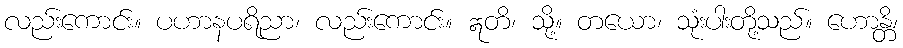
လည်းကောင်း။ ပဟာနပရိညာ၊ လည်းကောင်း။ ဣတိ၊ သို့။ တယော၊ သုံးပါးတို့သည်။ ဟောန္တိ၊